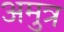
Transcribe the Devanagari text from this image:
अमुत्र